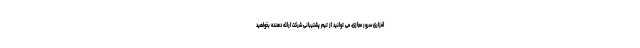
افزاری سرور مجازی، می توانید از تیم پشتیبانی شرکت ارائه دهنده بخواهید